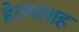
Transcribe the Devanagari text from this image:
हेतमशाह